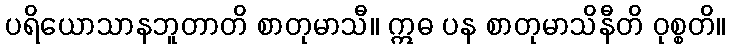
ပရိယောသာနဘူတာတိ စာတုမာသီ။ ဣဓ ပန စာတုမာသိနီတိ ဝုစ္စတိ။